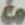
Co